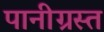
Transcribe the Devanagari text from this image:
पानीग्रस्त